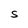
Character: S